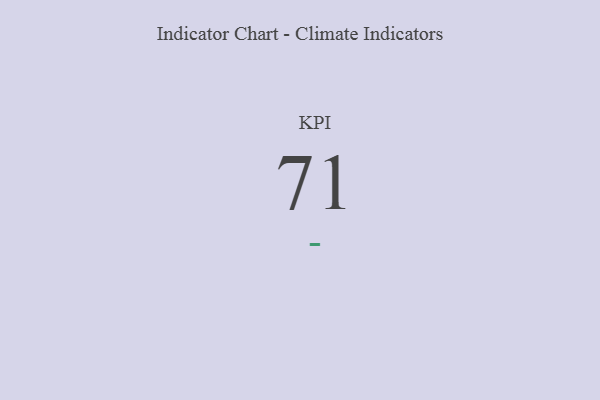
{"axis": {"x": "KPI", "y": "Value"}, "legend": [""], "data": [{"x": "KPI", "y": 71, "type": ""}]}